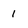
Character: 1